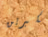
تكبرين